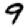
Digit: 9